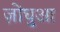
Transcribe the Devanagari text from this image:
ज़ोंघुआ